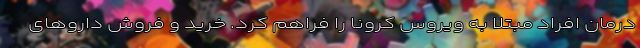
درمان افراد مبتلا به ویروس کرونا را فراهم کرد. خرید و فروش دارو‌های